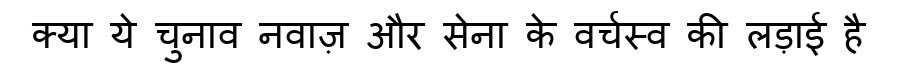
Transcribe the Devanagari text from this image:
क्या ये चुनाव नवाज़ और सेना के वर्चस्व की लड़ाई है